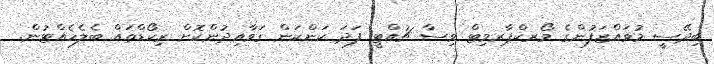
ބިދޭސީ މުވައްޒަފުންގެ ވޯރކްޕާރމިޓް ވިސާ ޗުއްޓީ ފަދަ ކަންކަން ގަވާއިދުންކޮށް ރިކޯޑްތައް ބެލެހެއްޓުން.